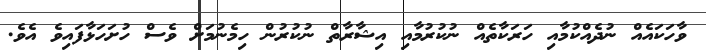
ވާހަކައެއް ނުދެއްކުމާއި ހަރަކާތެއް ނުކުރުމާއި އިޝާރާތް ނުކުރުން ހިމެނުމަށް ވެސް ހުށަހަޅާފައިވެ އެވެ.